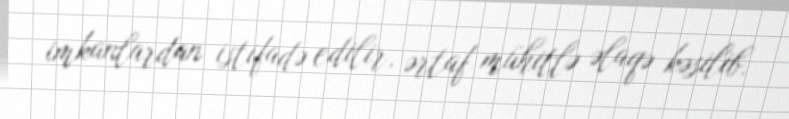
imkanlardan istifadə edilir, ərtaf mühitlə əlaqə kəsilib.